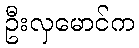
ဦးလှမောင်က